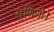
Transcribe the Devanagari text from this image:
मुणिणो।